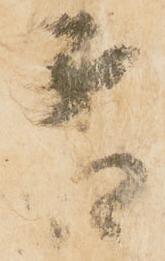
霜